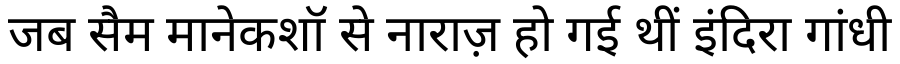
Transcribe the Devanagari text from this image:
जब सैम मानेकशॉ से नाराज़ हो गई थीं इंदिरा गांधी